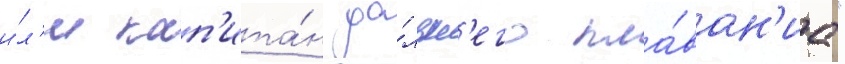
и́л'и кап'ита́н да́льн'его пла́ван'иа"